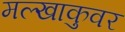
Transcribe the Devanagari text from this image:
मल्खाकुवर